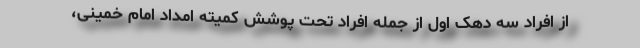
از افراد سه دهک اول از جمله افراد تحت پوشش کمیته امداد امام خمینی،